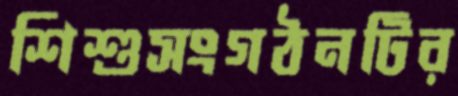
শিশুসংগঠনটির